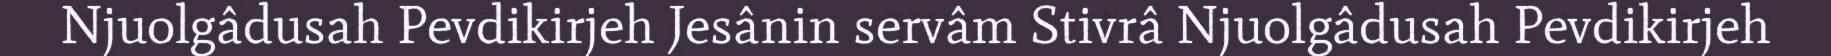
Njuolgâdusah Pevdikirjeh Jesânin servâm Stivrâ Njuolgâdusah Pevdikirjeh